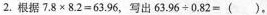
2.根据$$7.8\times 8.2=63.96$$，写出$$63.96\div 0.82=( )$$。